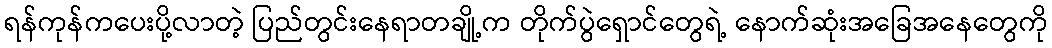
ရန်ကုန်ကပေးပို့လာတဲ့ ပြည်တွင်းနေရာတချို့က တိုက်ပွဲရှောင်တွေရဲ့ နောက်ဆုံးအခြေအနေတွေကို